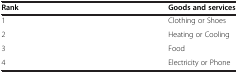
<table><thead><tr><td><b>Rank</b></td><td><b>Goods and services</b></td></tr></thead><tbody><tr><td>1</td><td>Clothing or Shoes</td></tr><tr><td>2</td><td>Heating or Cooling</td></tr><tr><td>3</td><td>Food</td></tr><tr><td>4</td><td>Electricity or Phone</td></tr></tbody></table>